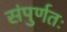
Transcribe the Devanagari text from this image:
संपुर्णतः